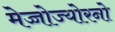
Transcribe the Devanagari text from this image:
मेज्जोज्योरनो